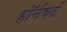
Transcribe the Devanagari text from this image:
हॉर्नवर्ट